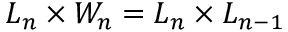
L _ { n } \times W _ { n } = L _ { n } \times L _ { n - 1 }